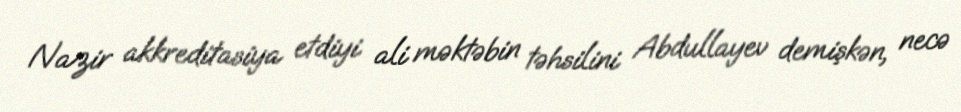
Nazir akkreditasiya etdiyi ali məktəbin təhsilini Abdullayev demişkən, necə